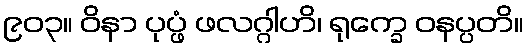
၉၀၃။ ဝိနာ ပုပ္ဖံ ဖလဂ္ဂါဟိ၊ ရုက္ခေ ဝနပ္ပတိ။